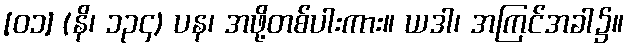
[၀၁] (နိ၊ ၁၃၄) ပန၊ အဖို့တစ်ပါးကား။ ယဒါ၊ အကြင်အခါ၌။